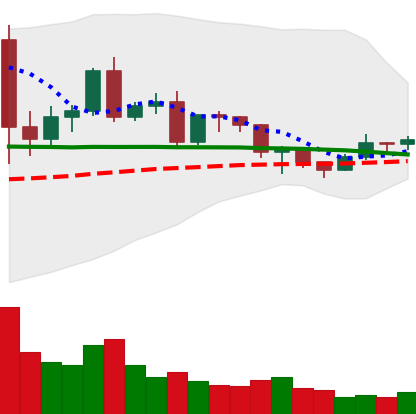
Ticker: EOS-USD
Chart end date: 2020-12-15
Forward return: 9.444%
Label: up_7plus